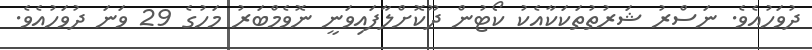
ދުވަހުއެވެ. ނަސްރު ޝަރުތުތަކަކާއެކު ކޯޓުން ދޫކޮށްލާފައިވަނީ ނޮވެމްބަރު މަހުގެ 29 ވަނަ ދުވަހުއެވެ.